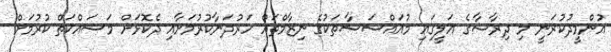
އުންމީދުކުރަނީ މި ދިރާސާގެ އަލީގައި މުއައްސަސާތަކުގެ ނިޒާމްތައް ހަރުދަނާކުރުމަށާއި ދެކޮޅަށް މަސައްކަތް ކުރުމަށް